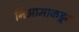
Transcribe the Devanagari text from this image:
निझामाकडून